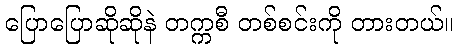
ပြောပြောဆိုဆိုနဲ တက္ကစီ တစ်စင်းကို တားတယ်။